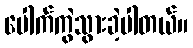
ပေါက်ကွဲသွားခဲ့ပါတယ်။